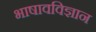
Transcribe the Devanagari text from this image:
भाषावविज्ञान